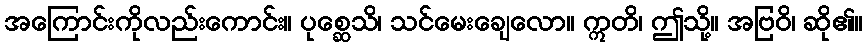
အကြောင်းကိုလည်းကောင်း။ ပုစ္ဆေသိ၊ သင်မေးချေလော။ ဣတိ၊ ဤသို့။ အဗြဝိ၊ ဆို၏။